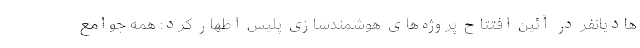
هادیانفر در آئین افتتاح پروژه‌های هوشمندسازی پلیس اظهار کرد: همه جوامع